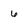
Character: 6